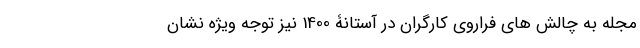
مجله به چالش های فراروی کارگران در آستانۀ 1400 نیز توجه ویژه نشان